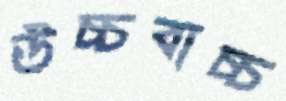
উচ্চবাচ্চ